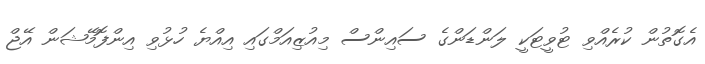
އެގޮތުން ކުރެއްވި ޓުވީޓަކީ ލަންޑަންގެ ސައިންސް މިއުޒިއަމްގައި އިއްޔެ ހުޅުވި އިންފޮމޭޝަން އޭޖް